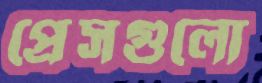
প্রেসগুলো